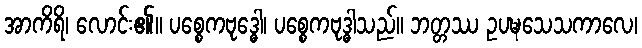
အာကိရိ၊ လောင်း၏။ ပစ္စေကဗုဒ္ဓေါ၊ ပစ္စေကဗုဒ္ဓါသည်။ ဘတ္တဿ ဥပဍ္ဎသေသကာလေ၊